65_HS1-834228961_62-HQ-83894_Section_5
Agency: FBI
Page 177
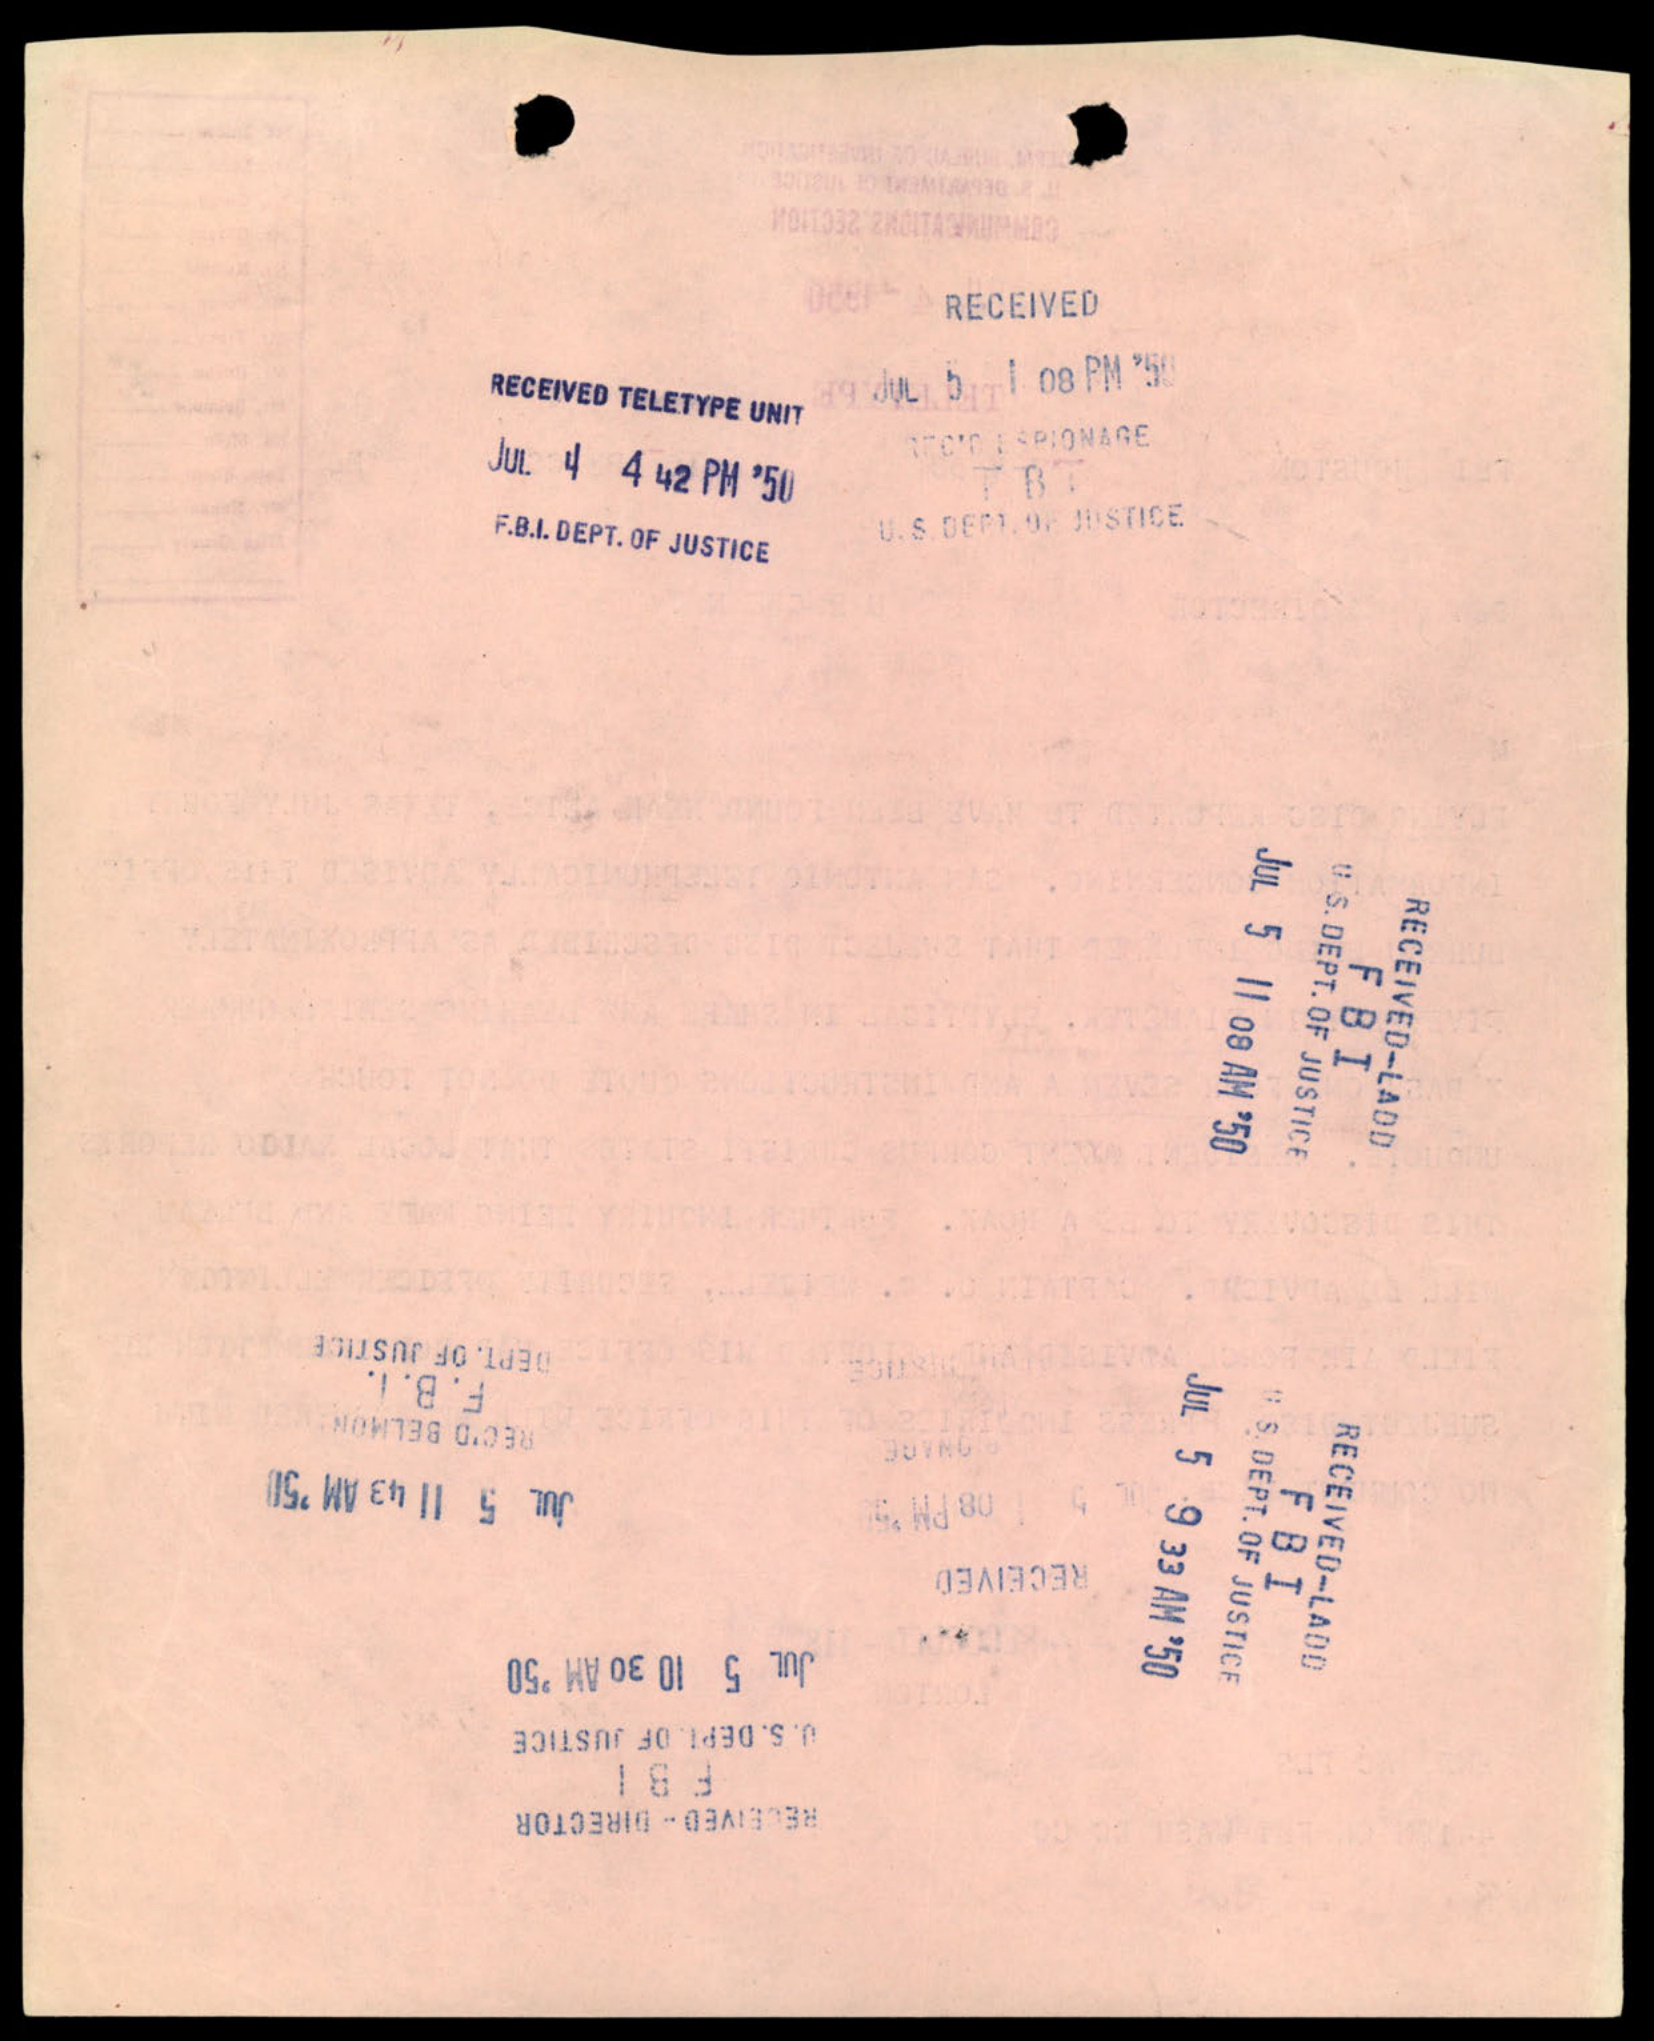